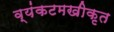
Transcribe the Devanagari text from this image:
व्यंकटमखीकृत